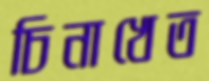
চিনাখেত